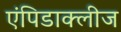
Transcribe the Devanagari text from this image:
एंपिडाक्लीज